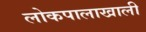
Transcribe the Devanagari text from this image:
लोकपालाखाली